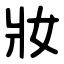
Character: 妝